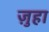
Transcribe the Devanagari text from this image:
ज़ुहा